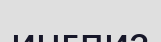
инглиз